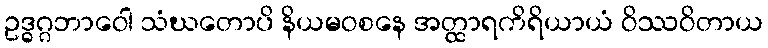
ဥဒ္ဓဂ္ဂဘာဝေါ သံဃတောပိ နိယမဝစနေ အတ္ထာရကိရိယာယံ ဝိဿဝိတာယ